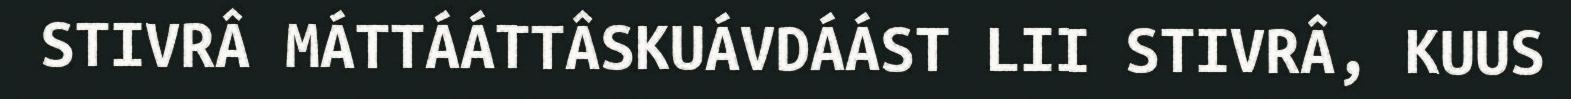
STIVRÂ MÁTTÁÁTTÂSKUÁVDÁÁST LII STIVRÂ, KUUS